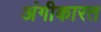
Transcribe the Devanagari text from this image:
अंगीकारत